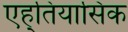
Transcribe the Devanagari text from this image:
एह्तियासिक